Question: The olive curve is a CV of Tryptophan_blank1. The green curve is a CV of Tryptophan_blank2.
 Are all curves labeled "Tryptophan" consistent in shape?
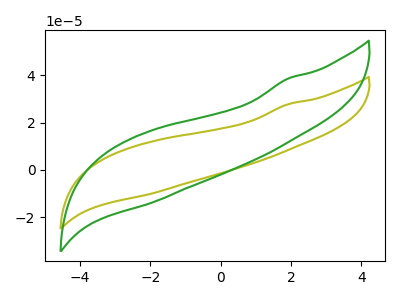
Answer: <think>The olive curve "Tryptophan_blank1" has no peaks. The green curve "Tryptophan_blank2" has no peaks.
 Neither "Tryptophan_blank1" or "Tryptophan_blank2" have any peaks.</think>
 <answer>All the CV's of "Tryptophan" have similar shape.</answer>
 <eval>follow_rule</eval>